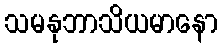
သမနုဘာသိယမာနော